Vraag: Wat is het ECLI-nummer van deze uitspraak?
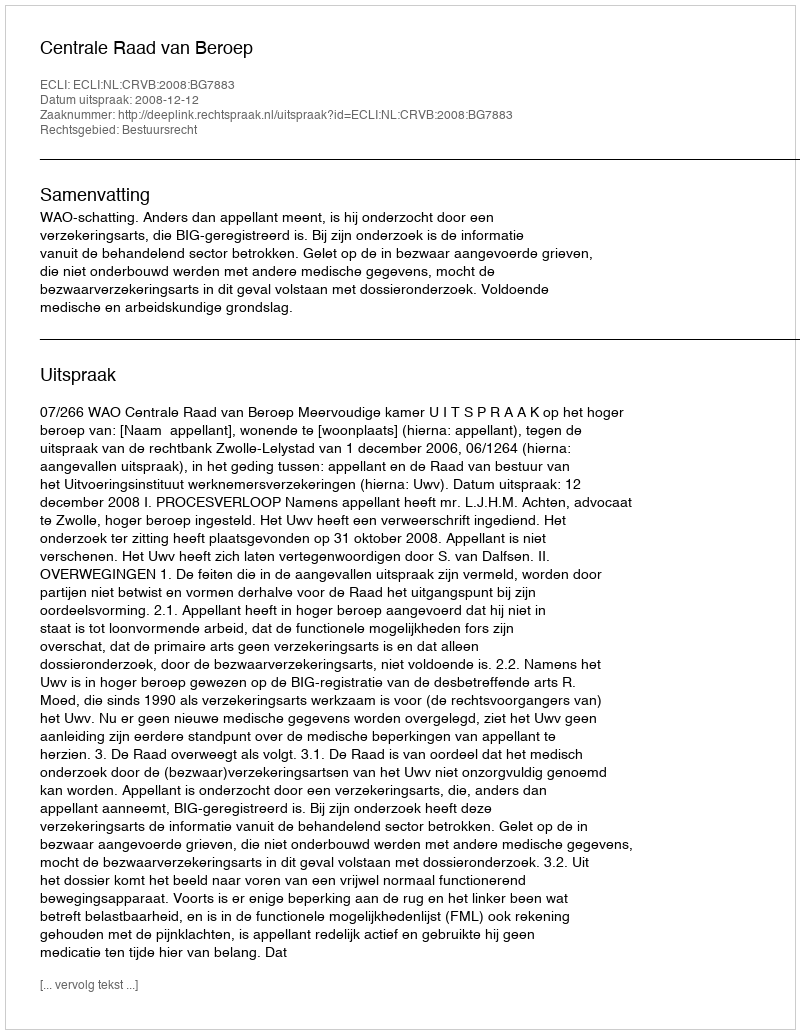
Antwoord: ECLI:NL:CRVB:2008:BG7883